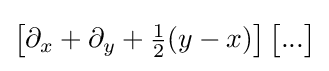
{\big [}\partial _{x}+\partial _{y}+{\tfrac {1}{2}}(y-x){\big ]}\,{\big [}...{\big ]}